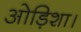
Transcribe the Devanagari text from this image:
ओड़िशा।